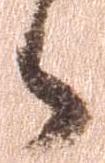
々